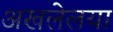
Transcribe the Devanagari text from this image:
अखलेलया